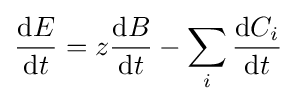
{\frac {{\mathrm {d} }E}{{\mathrm {d} }t}}=z{\frac {{\mathrm {d} }B}{{\mathrm {d} }t}}-\sum _{i}{\frac {{\mathrm {d} }C_{i}}{{\mathrm {d} }t}}